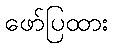
ဖော်ပြထား